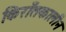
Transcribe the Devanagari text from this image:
किराँतकालीन